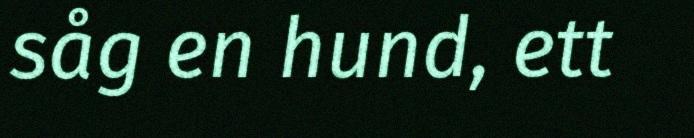
såg en hund, ett